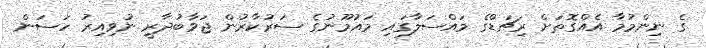
ގެ ނިންމުމާ އެއްގޮތަށް ރިޗަޑްގެ މައްސަލާގައި މައުމޫނުގެ ސަރުކާރުން ޖަވާބުދާރީ ނުވިއިރު ހަސަން